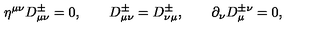
\eta ^ { \mu \nu } D _ { \mu \nu } ^ { \pm } = 0 , \qquad D _ { \mu \nu } ^ { \pm } = D _ { \nu \mu } ^ { \pm } , \qquad \partial _ { \nu } D _ { \mu } ^ { \pm \nu } = 0 ,